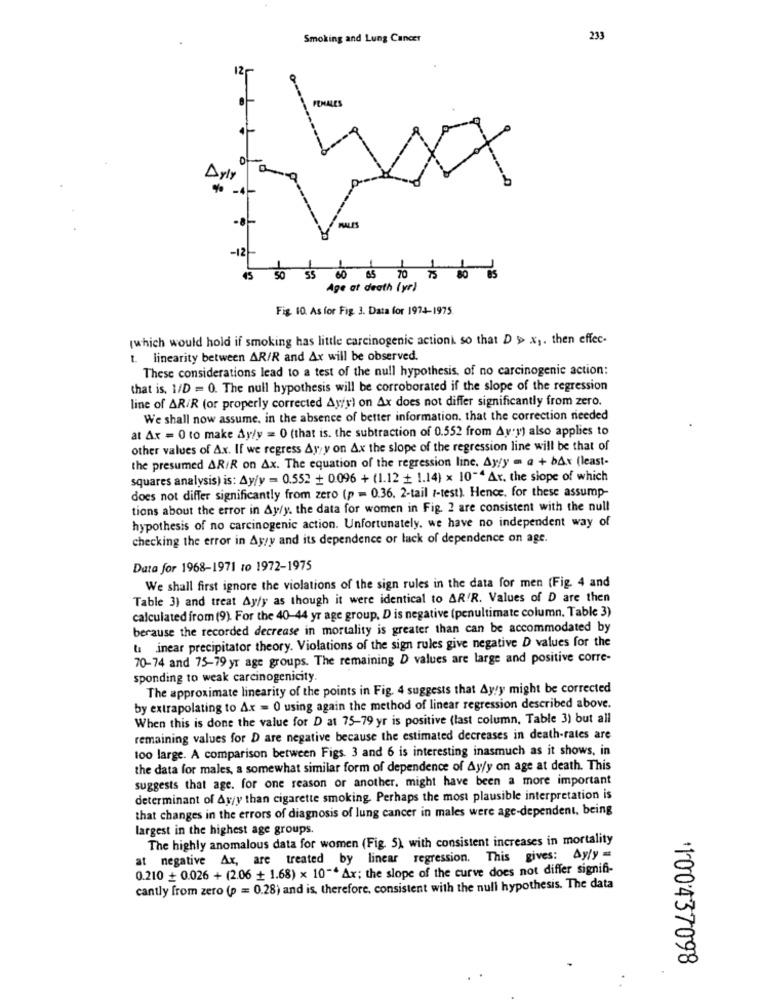
Smoking and Lung Cancer
233
PENALES
Arly
PALES
-12
45
Age at death (yr)
Fig. 10. As for Fig. 3. Data for 1974-1975
(which would hold if smoking has little carcinogenic actioni, so that D > x1. then effec-
t. linearity between AR/R and Ax will be observed.
These considerations lead to a test of the null hypothesis, of no carcinogenic action:
that is, 1/D = 0. The null hypothesis will be corroborated if the slope of the regression
line of AR/R (or properly corrected Ayry) on Ax does not differ significantly from zero.
We shall now assume, in the absence of better information. that the correction needed
at Ax = 0 to make Ay/y = 0 (that is. the subtraction of 0.552 from Av;y) also applies to
other values of Ax. If we regress Ay, y on Ax the slope of the regression line will be that of
the presumed AR/R on Ax. The equation of the regression line. Ayly on a + bAx (least-
squares analysis) is: Ay/y = 0.552 + 0.096 + (1.12 + 1.14) x 10"" Ar. the slope of which
does not differ significantly from zero (p = 0.36. 2-tail t-test). Hence. for these assump-
tions about the error in Ay/y. the data for women in Fig. 2 are consistent with the null
hypothesis of no carcinogenic action. Unfortunately, we have no independent way of
checking the error in Ayyy and its dependence or lack of dependence on age.
Data for 1968-1971 to 1972-1975
We shall first ignore the violations of the sign rules in the data for men (Fig. 4 and
Table 3) and treat Ayfy as though it were identical to AR'R. Values of D are then
calculated from (9). For the 40-44 yr age group, D is negative (penultimate column. Table 3)
berause the recorded decrease in mortality is greater than can be accommodated by
ta inear precipitator theory. Violations of the sign rules give negative D values for the
70-74 and 75-79 yr age groups. The remaining D values are large and positive corre-
sponding to weak carcinogenicity.
The approximate linearity of the points in Fig. 4 suggests that Ay!y might be corrected
by extrapolating to Ax = 0 using again the method of linear regression described above.
When this is done the value for D at 75-79 yr is positive (last column, Table 3) but all
remaining values for D are negative because the estimated decreases in death-rates are
too large. A comparison between Figs. 3 and 6 is interesting inasmuch as it shows, in
the data for males, a somewhat similar form of dependence of Ay/y on age at death. This
suggests that age. for one reason or another. might have been a more important
determinant of Ay/y than cigarette smoking. Perhaps the most plausible interpretation is
that changes in the errors of diagnosis of lung cancer in males were age-dependent, being
largest in the highest age groups.
The highly anomalous data for women (Fig. 5), with consistent increases in mortality
at negative Ar, are treated by linear regression. This gives: Ayly =
0.210 + 0.026 + (2.06 + 1.68) x 10"* Ax; the slope of the curve does not differ signifi-
cantly from zero (p = 0.28) and is, therefore, consistent with the null hypothesis. The data
100437098